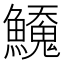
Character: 𬵲